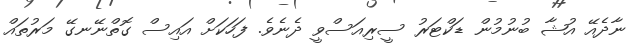
ނާދެއޭ އުޝާ ބުނުމުން ޑަކްޓަރު ސީރިއަސްވީ ދެނެވެ. ފަހަކަށް އައިސް ގޮތްނޭނގޭ މަރުތައް